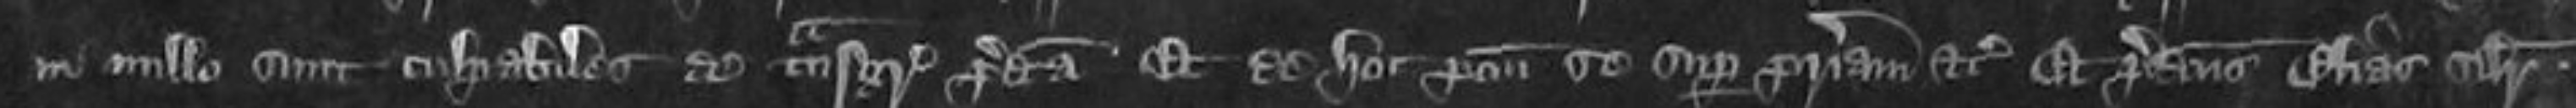
in nullo sunt culpabiles de transgressione predicta et de hoc ponunt se super patriam etc Et predictus Elias similiter